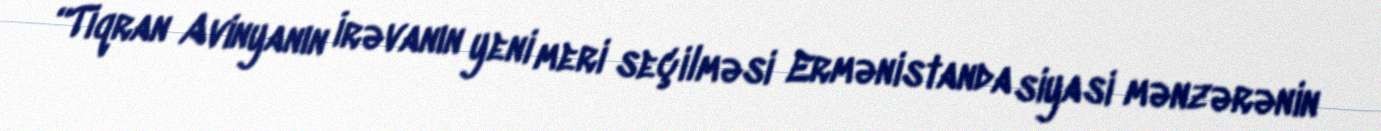
“Tiqran Avinyanın İrəvanın yeni meri seçilməsi Ermənistanda siyasi mənzərənin